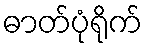
ဓာတ်ပုံရိုက်